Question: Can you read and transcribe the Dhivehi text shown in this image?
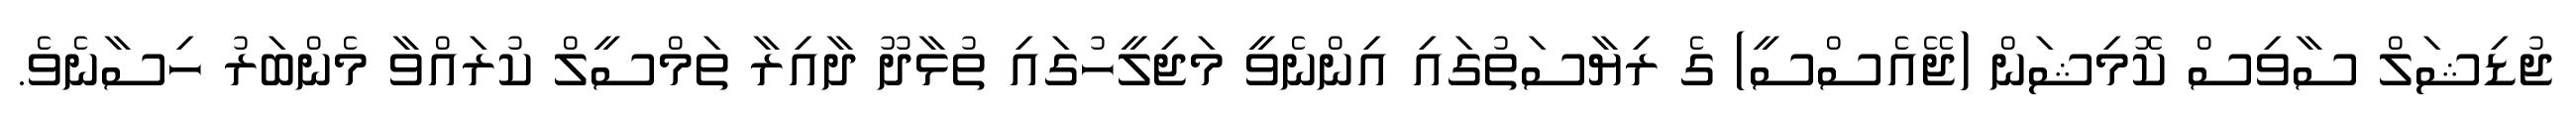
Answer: ޖުޑިޝަލް ސާވިސް ކޮމިޝަން (ޖޭއެސްސީ) ގެ ރިޔާސަތުގައި އިންނެވީ މަޖިލީހުގައި ތުޅާދޫ ދާއިރާ ތަމްސީލް ކުރައްވާ މެންބަރު ހިސާނެވެ.